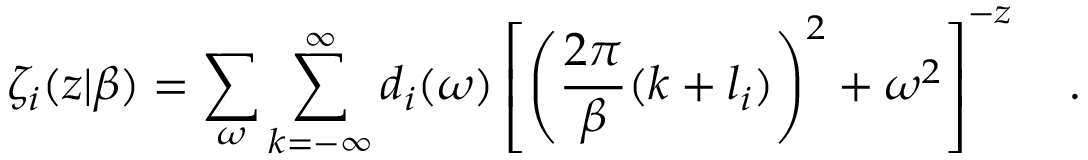
\zeta _ { i } ( z | \beta ) = \sum _ { \omega } \sum _ { k = - \infty } ^ { \infty } d _ { i } ( \omega ) \left[ \left( { \frac { 2 \pi } { \beta } } ( k + l _ { i } ) \right) ^ { 2 } + \omega ^ { 2 } \right] ^ { - z } ~ ~ ~ .